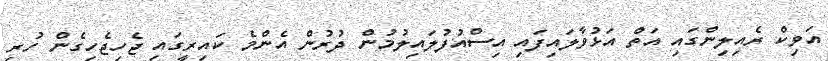
އަވިކް ރެއިލިންގައި އަތް އަޅުވާލައިފައި އިސްއުފުލައިލުމުން ދުރުން އެންމެ ކައިރީގައި ޖެހިޖެހިގެން ހުރި